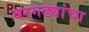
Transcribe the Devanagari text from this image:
बरगड्यांचा